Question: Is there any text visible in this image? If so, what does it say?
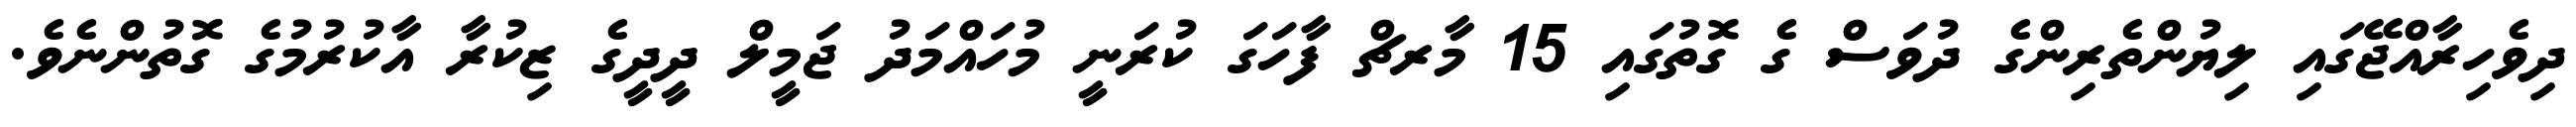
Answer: ދިވެހިރާއްޖޭގައި ލިޔުންތެރިންގެ ދުވަސް ގެ ގޮތުގައި 15 މާރޗް ފާހަގަ ކުރަނީ މުހައްމަދު ޖަމީލް ދީދީގެ ޒިކުރާ އާކުރުމުގެ ގޮތުންނެވެ.